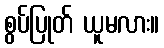
စွပ်ပြုတ် ယူမလား။